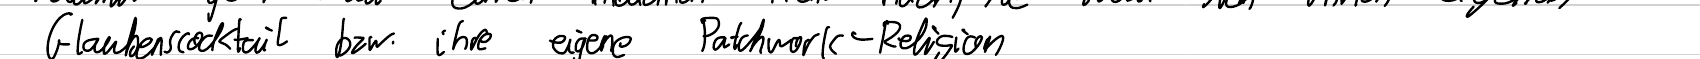
Glaubenscocktail bzw. ihre eigene Patchwork-Religion